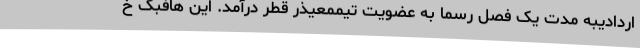
اردادیبه مدت یک فصل رسما به عضویت تیممعیذر قطر درآمد. این هافبک خ